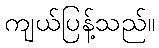
ကျယ်ပြန့်သည်။